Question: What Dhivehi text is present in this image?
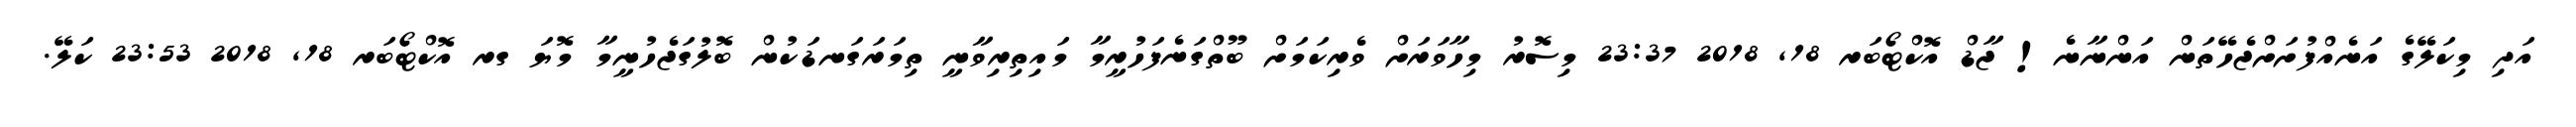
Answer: އަދި މިކަލޭގެ އަނެއްފުށަށްޖެހޭތަން އަންނާނެ! ޖާޑް އޮކްޓޯބަރ 18, 2018 23:37 މިސޮރު މިހާވަރަށް ވެރިކަމަށް ބޫތްގަނެފަހުރީމާ މައިތިރިވާނީ ތިމަރަގަނޑަކުން ބޮލުގަޖެހުނީމާ މޮޔަ ގރ އޮކްޓޯބަރ 18, 2018 23:53 ކަލޭ.